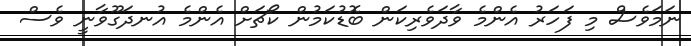
ނަމަވެސް މި ފަހަރު އެންމެ ވާދަވެރިކަން ބޮޑުކަމުން ކޯޗަށް އެންމެ އުނދަގޫވާނީ ވެސް